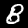
Label: 8